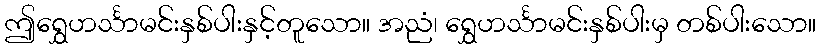
ဤရွှေဟင်္သာမင်းနှစ်ပါးနှင့်တူသော။ အညံ၊ ရွှေဟင်္သာမင်းနှစ်ပါးမှ တစ်ပါးသော။